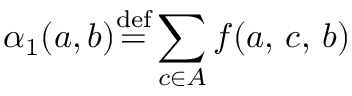
\alpha _ { 1 } ( a , b ) { \stackrel { \mathrm { d e f } } { = } } \displaystyle \sum _ { c \in A } f ( a , \, c , \, b )